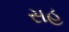
સહ